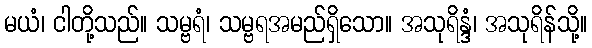
မယံ၊ ငါတို့သည်။ သမ္ဗရံ၊ သမ္ဗရအမည်ရှိသော။ အသုရိန္ဒံ၊ အသုရိန်သို့။